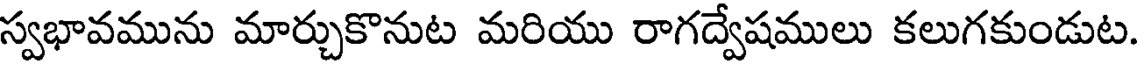
స్వభావమును మార్చుకొనుట మరియు రాగద్వేషములు కలుగకుండుట